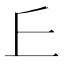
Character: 𠀉